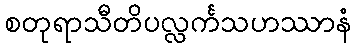
စတုရာသီတိပလ္လင်္ကသဟဿာနံ